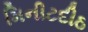
મિનીટદીઠ